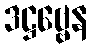
ဒဋ္ဌဗ္ဗေန